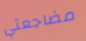
مضاجعتي